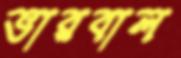
ভারবাল